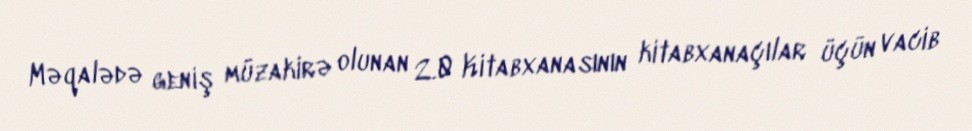
Məqalədə geniş müzakirə olunan 2.0 Kitabxanasının kitabxanaçılar üçün vacib